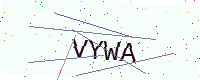
Text: VYWA